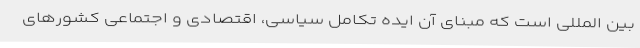
بین المللی است که مبنای آن ایده تکامل سیاسی، اقتصادی و اجتماعی کشورهای